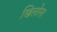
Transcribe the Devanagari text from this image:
खिलोना